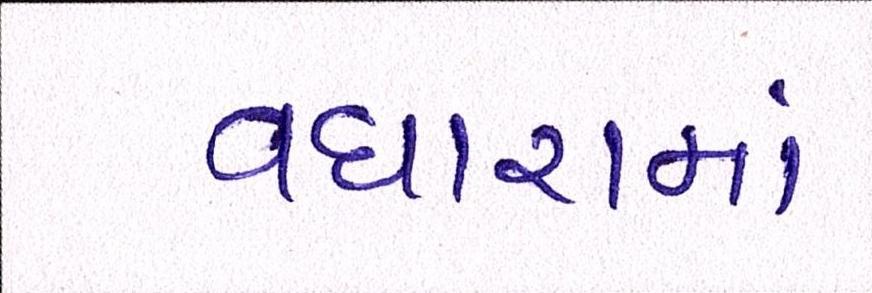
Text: વધારામાં